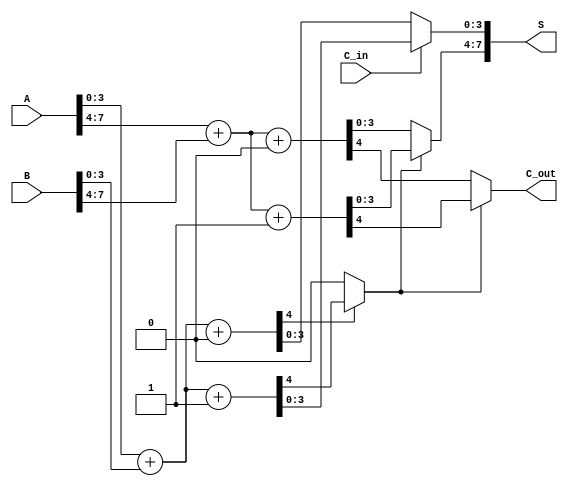
module static_carry_select_adder #(parameter n = 8, parameter block_size = 4) (
    input  [n-1:0] A,          // First input operand
    input  [n-1:0] B,          // Second input operand
    input  C_in,               // Carry input
    output [n-1:0] S,          // Sum output
    output C_out               // Carry output
);

    localparam num_blocks = n / block_size;
    
    wire [block_size-1:0] S0[num_blocks-1:0]; // Sum with C_in = 0
    wire [block_size-1:0] S1[num_blocks-1:0]; // Sum with C_in = 1
    wire C0[num_blocks-1:0];                   // Carry out with C_in = 0
    wire C1[num_blocks-1:0];                   // Carry out with C_in = 1
    wire C_in_next[num_blocks:0];              // Carry in for next block

    assign C_in_next[0] = C_in; // Initial carry input

    genvar i;
    generate
        for (i = 0; i < num_blocks; i = i + 1) begin : blocks
            // Generate the two adders for each block
            wire [block_size-1:0] A_block = A[i*block_size +: block_size];
            wire [block_size-1:0] B_block = B[i*block_size +: block_size];
            
            // Adder with C_in = 0
            assign {C0[i], S0[i]} = A_block + B_block + 1'b0;

            // Adder with C_in = 1
            assign {C1[i], S1[i]} = A_block + B_block + 1'b1;

            // Select the carry for the next block
            if (i < num_blocks - 1) begin
                assign C_in_next[i + 1] = C0[i] ? C1[i] : C0[i];
            end
        end
    endgenerate

    // Output selection logic for each block
    generate
        for (i = 0; i < num_blocks; i = i + 1) begin : select
            assign S[i*block_size +: block_size] = C_in_next[i] ? S1[i] : S0[i];
            if (i == num_blocks - 1) begin
                assign C_out = C_in_next[i] ? C1[i] : C0[i];
            end
        end
    endgenerate

endmodule